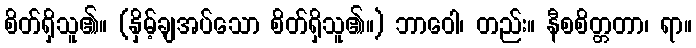
စိတ်ရှိသူ၏။ (နှိမ့်ချအပ်သော စိတ်ရှိသူ၏။) ဘာဝေါ၊ တည်း။ နီစစိတ္တတာ၊ ရာ။